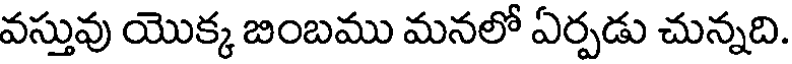
వస్తువు యొక్క బింబము మనలో ఏర్పడు చున్నది.